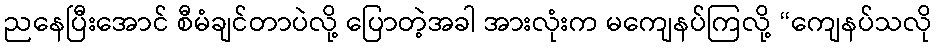
ညနေပြီးအောင် စီမံချင်တာပဲလို့ ပြောတဲ့အခါ အားလုံးက မကျေနပ်ကြလို့ “ကျေနပ်သလို